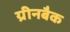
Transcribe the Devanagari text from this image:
ग्रीनबैक